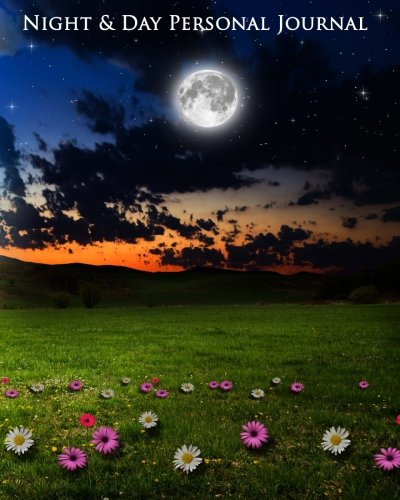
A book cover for Night & Day Personal Journal; Kooky Journal Lovers; Self-Help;